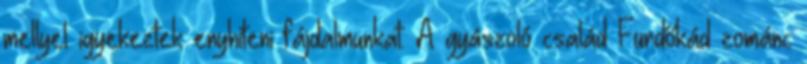
mellyel igyekeztek enyhíteni fájdalmunkat. A gyászoló család Fürdőkád zománc